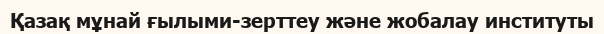
Қазақ мұнай ғылыми-зерттеу және жобалау институты